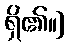
ရှိ၏။]